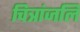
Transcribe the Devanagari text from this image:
चित्रांजलि